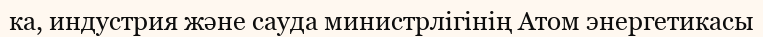
ка, индустрия және сауда министрлігінің Атом энергетикасы